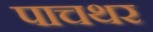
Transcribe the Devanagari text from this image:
पाचथर